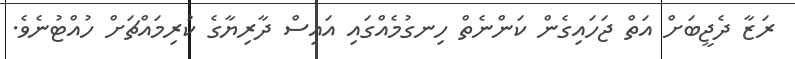
ރަޒާ ދެޖީބަށް އަތް ޖަހައިގެން ކަންނެތް ހިނގުމެއްގައި އައިސް ދާރިޔާގެ ކުރިމައްޗަށް ހުއްޓުނެވެ.